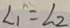
\angle 1 = \angle 2